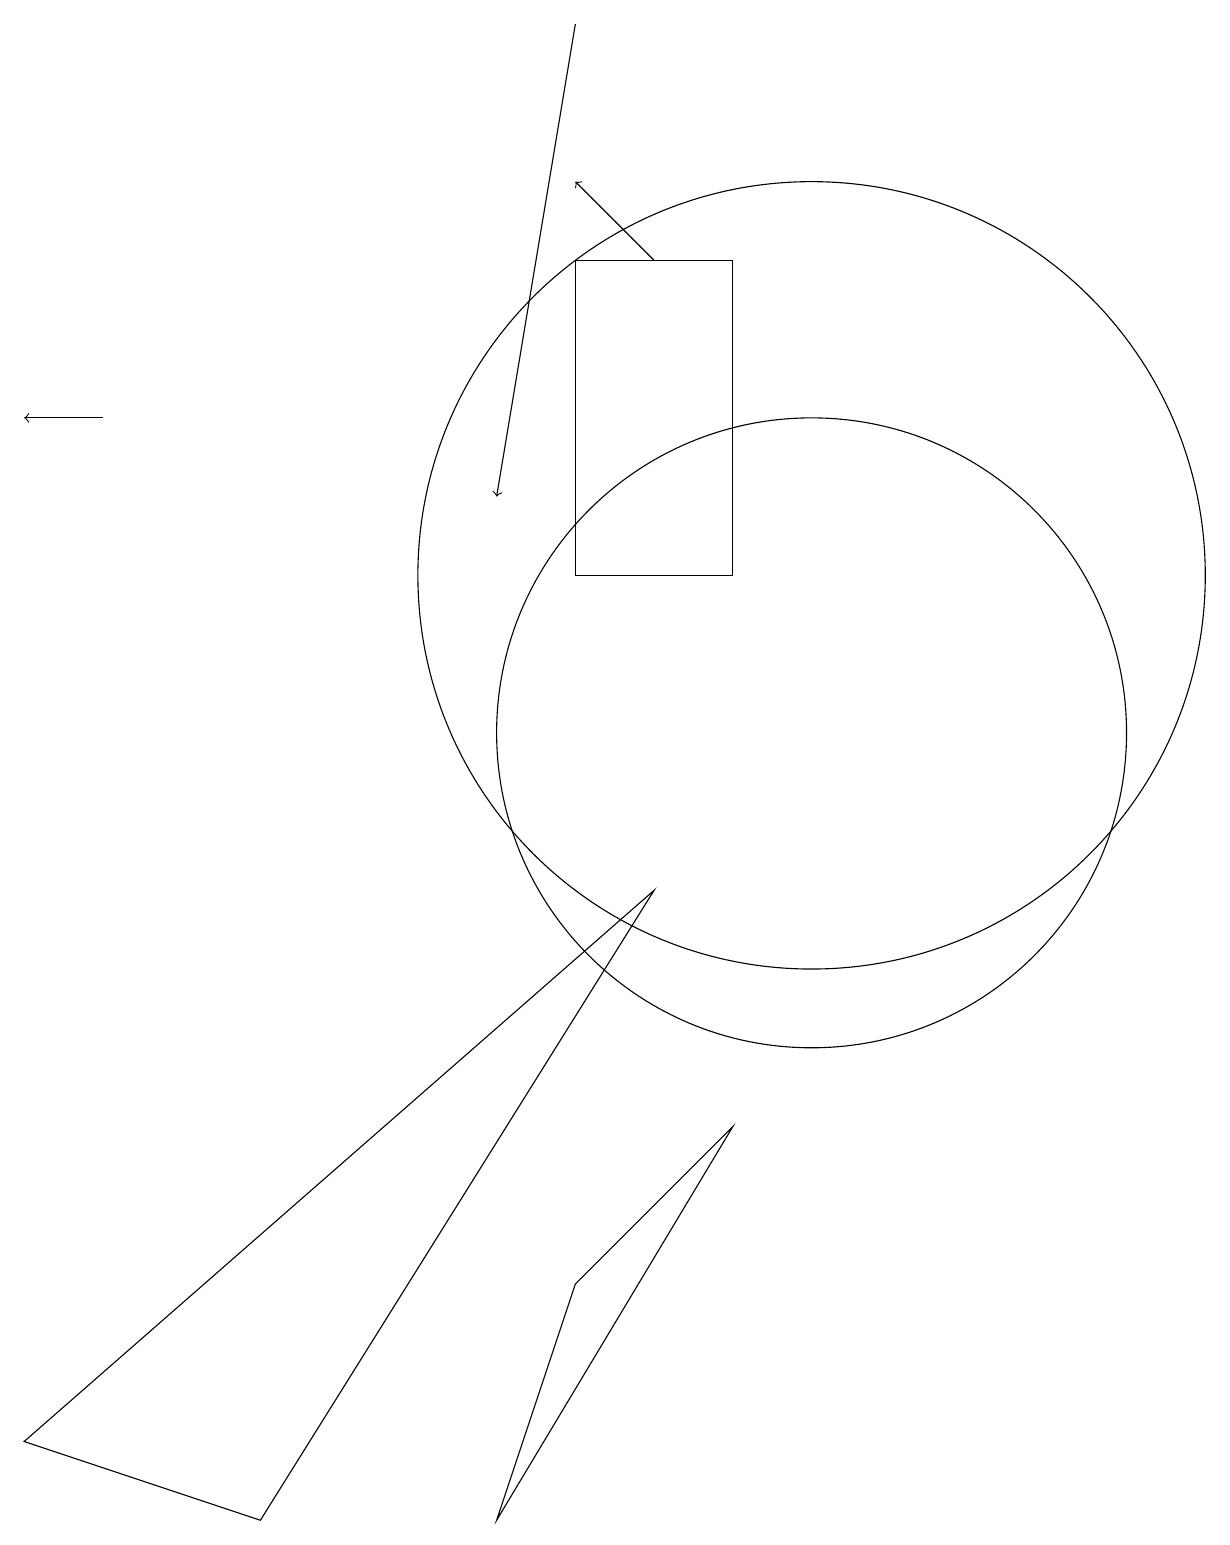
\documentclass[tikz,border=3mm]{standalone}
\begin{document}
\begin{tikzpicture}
\draw (6,0) -- (9,5) -- (7,3) -- cycle;
\draw (7,16) rectangle (9,12);
\draw (0,1) -- (3,0) -- (8,8) -- cycle;
\draw[->] (8,16) -- (7,17);
\draw (10,12) circle (5);
\draw[->] (1,14) -- (0,14);
\draw (10,10) circle (4);
\draw[->] (7,19) -- (6,13);
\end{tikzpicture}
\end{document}